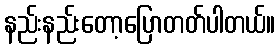
နည်းနည်းတော့ပြောတတ်ပါတယ်။